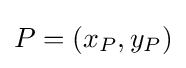
P=(x_{P},y_{P})